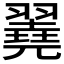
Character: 𦒏